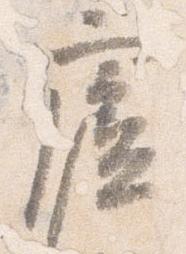
廬